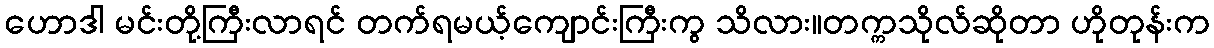
ဟောဒါ မင်းတို့ကြီးလာရင် တက်ရမယ့်ကျောင်းကြီးကွ သိလား။တက္ကသိုလ်ဆိုတာ ဟိုတုန်းက